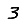
Digit: 3